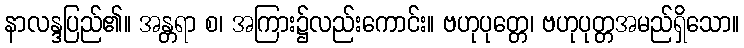
နာလန္ဒပြည်၏။ အန္တရာ စ၊ အကြား၌လည်းကောင်း။ ဗဟုပုတ္တေ၊ ဗဟုပုတ္တအမည်ရှိသော။